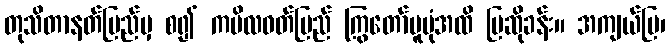
တုသိတာနတ်ပြည်မှ စ၍ ကပိလဝတ်ပြည် ကြွတော်မူပုံအထိ ပြဆိုခန်း။ အကျယ်ပြ၊